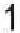
1